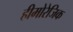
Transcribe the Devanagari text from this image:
हीमोरेजिक